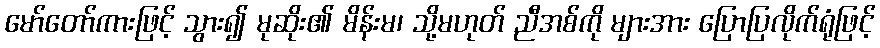
မော်တော်ကားဖြင့် သွား၍ မုဆိုး၏ မိန်းမ၊ သို့မဟုတ် ညီအစ်ကို များအား ပြောပြလိုက်ရုံဖြင့်